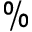
\%